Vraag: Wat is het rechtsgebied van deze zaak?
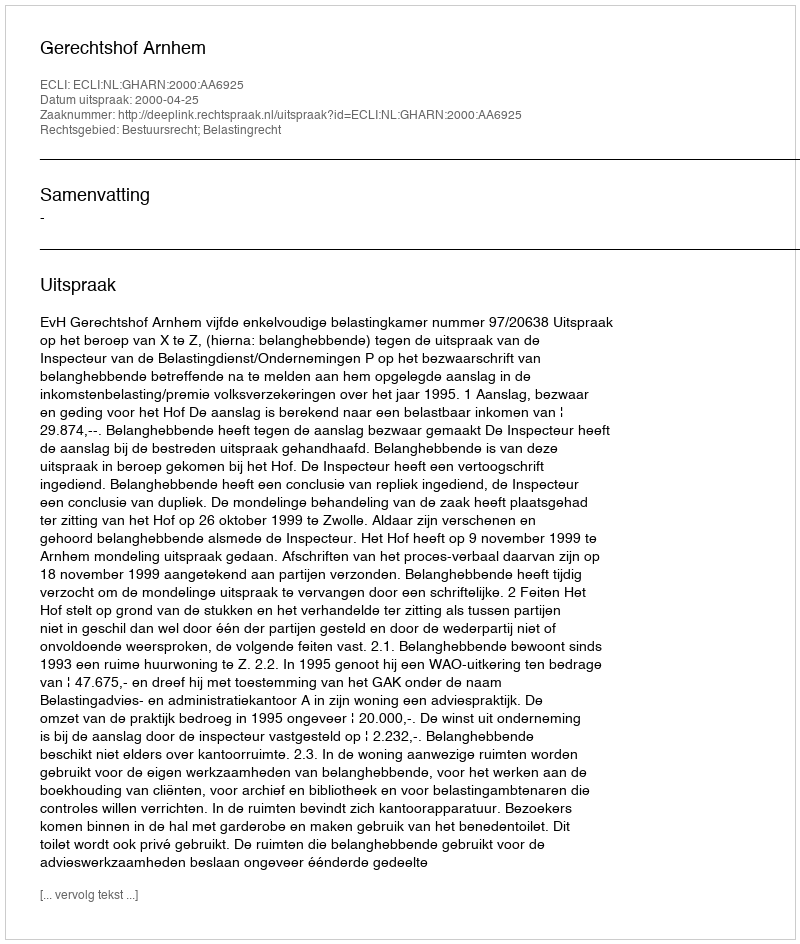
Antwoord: Bestuursrecht; Belastingrecht